Scottish Leaving Certificate Examination, 1959
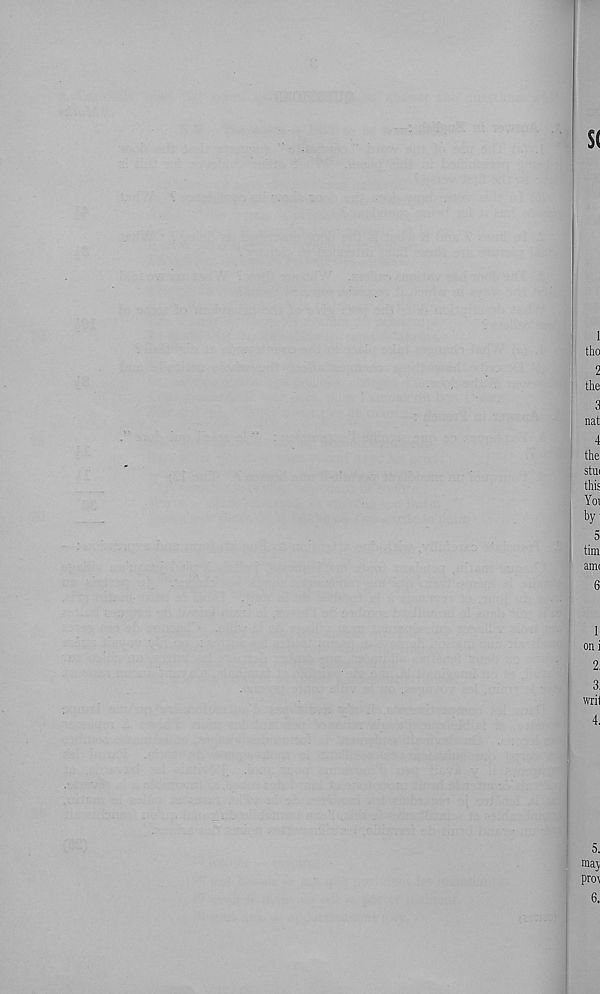
s<
1
tho
2
the
3
nat
4
the
stui
this
Yoi
by
5
tim
ami
6
1
on i
2,
3,
writ
4.
5.
ma\
piw
6.